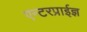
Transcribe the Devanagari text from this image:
एन्टरप्राईज्ञ